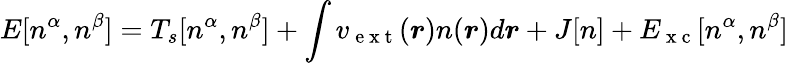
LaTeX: E[n^{\alpha},n^{\beta}]=T_{s}[n^{\alpha},n^{\beta}]+\int v_{\mathrm{~e~x~t~}}(\boldsymbol{r})n(\boldsymbol{r})d\boldsymbol{r}+J[n]+E_{\mathrm{~x~c~}}[n^{\alpha},n^{\beta}]